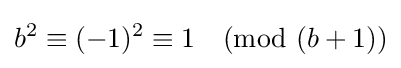
b^{2}\equiv (-1)^{2}\equiv 1{\pmod {(b+1)}}